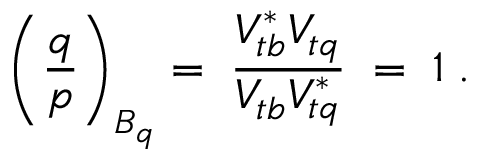
\left( \frac { q } { p } \right) _ { B _ { q } } = \; \frac { V _ { t b } ^ { * } V _ { t q } } { V _ { t b } V _ { t q } ^ { * } } \; = \; 1 \; .